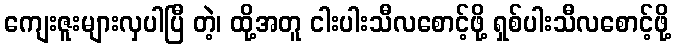
ကျေးဇူးများလှပါပြီ တဲ့၊ ထို့အတူ ငါးပါးသီလစောင့်ဖို့ ရှစ်ပါးသီလစောင့်ဖို့